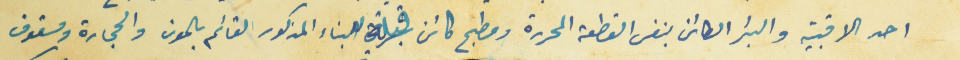
احد الاقبية والبئر الكائن بنفس القطعة المحررة ومطبح كائن قبالة البناء المذكور القائم بالمون والحجارة ومسقوف